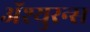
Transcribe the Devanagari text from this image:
अॅश्युरन्स